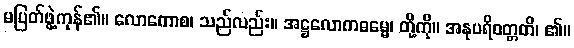
မပြတ်ဖွဲ့ကုန်၏။ လောကောစ၊ သည်လည်း။ အဋ္ဌလောကဓမ္မေ၊ တို့ကို။ အနုပရိဝတ္တတိ၊ ၏။